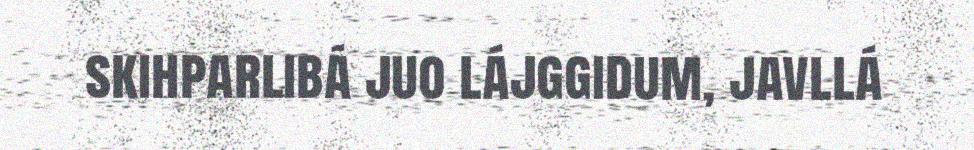
skihparlibá juo lájggidum, javllá